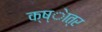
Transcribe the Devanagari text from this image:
क्ष्ेात्र